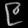
Digit: ၉